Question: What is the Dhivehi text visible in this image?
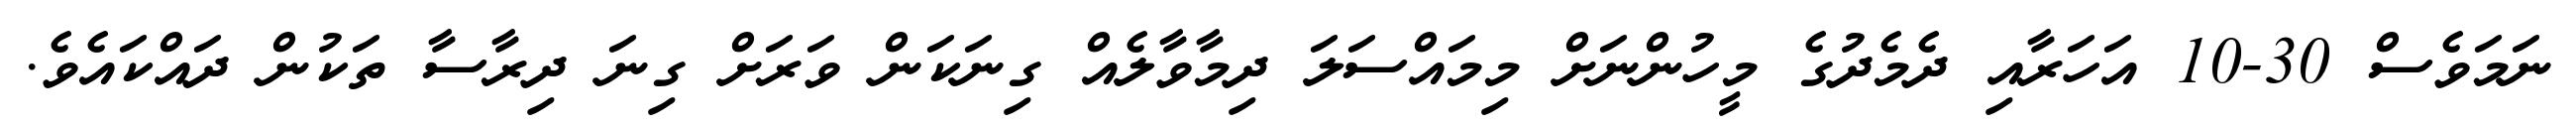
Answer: ނަމަވެސް 30-10 އަހަރާއި ދެމެދުގެ މީހުންނަށް މިމައްސަލަ ދިމާވާލެއް ގިނަކަން ވަރަށް ގިނަ ދިރާސާ ތަކުން ދައްކައެވެ.